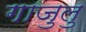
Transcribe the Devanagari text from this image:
गाजुलु